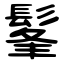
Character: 髼